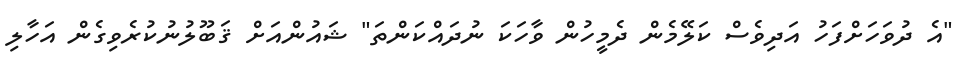
"އެ ދުވަހަށްފަހު އަދިވެސް ކަލޭމެން ދެމީހުން ވާހަކަ ނުދައްކަންތަ" ޝައުންއަށް ޤަބޫލުނުކުރެވިގެން އަހާލި